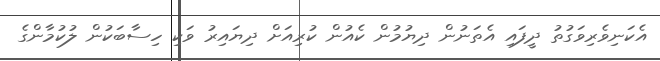
އެކަނިވެރިވަގުތު ދީފައި އެތަނުން ދިޔުމުން ކެއުން ކުރިއަށް ދިޔައިރު ވަކި ހިސާބަކުން ލުކުމާންގެ